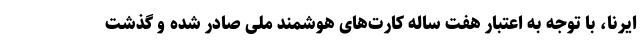
ایرنا، با توجه به اعتبار هفت ساله کارت‌های هوشمند ملی صادر شده و گذشت